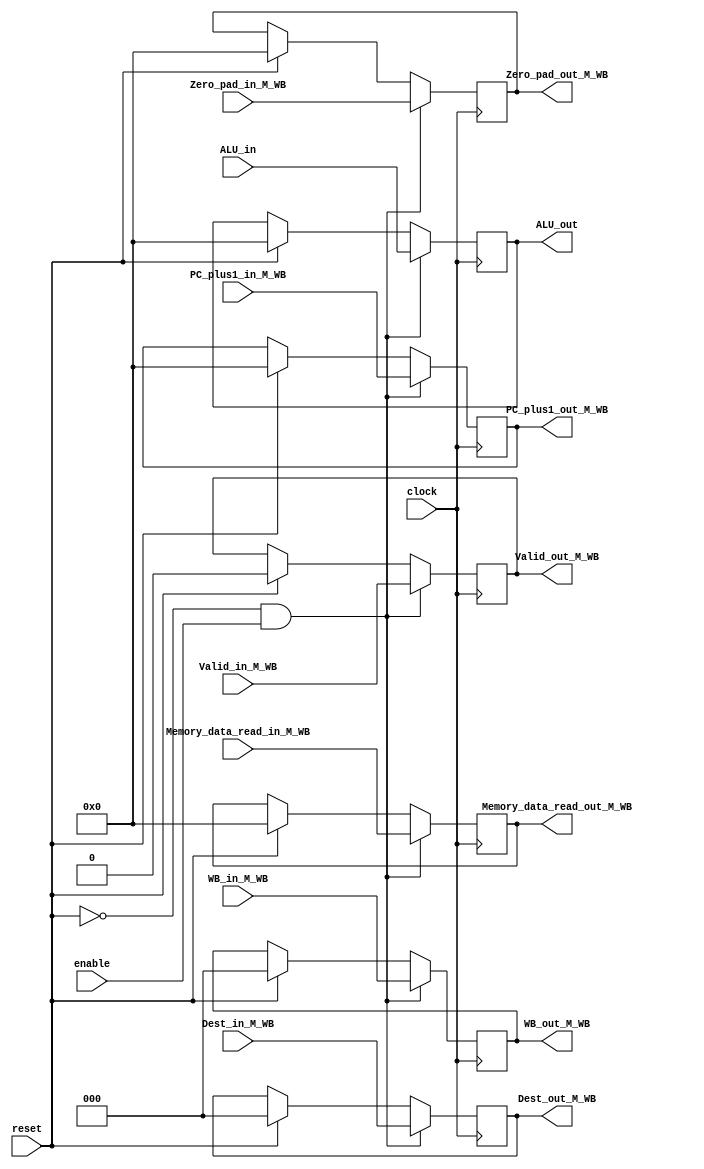
module M_WB_reg
(
PC_plus1_out_M_WB,
WB_out_M_WB,
Memory_data_read_out_M_WB,
ALU_out,
Zero_pad_out_M_WB,
Dest_out_M_WB,
Valid_out_M_WB,

PC_plus1_in_M_WB,
WB_in_M_WB,
Memory_data_read_in_M_WB,
ALU_in,
Zero_pad_in_M_WB,
Dest_in_M_WB,
Valid_in_M_WB,
clock,
reset,
enable
);

output reg [15:0] PC_plus1_out_M_WB;
output reg [2:0] WB_out_M_WB;
output reg [15:0] ALU_out, Memory_data_read_out_M_WB, Zero_pad_out_M_WB;
output reg [2:0] Dest_out_M_WB;
output reg Valid_out_M_WB;



input [15:0] PC_plus1_in_M_WB;
input [2:0] WB_in_M_WB;
input [15:0] ALU_in, Memory_data_read_in_M_WB, Zero_pad_in_M_WB;
input [2:0] Dest_in_M_WB;
input Valid_in_M_WB;
input clock;
input reset, enable;

initial
begin
	PC_plus1_out_M_WB = 16'b0;
	WB_out_M_WB = 3'b0;
	ALU_out = 16'b0;
	Memory_data_read_out_M_WB =16'b0;
	Zero_pad_out_M_WB = 16'b0;
	Dest_out_M_WB = 3'b0;
	Valid_out_M_WB = 1'b0;
end


always @(posedge clock)
begin
	if(! reset && enable)
	begin
		PC_plus1_out_M_WB <= PC_plus1_in_M_WB;
		WB_out_M_WB <= WB_in_M_WB;
		ALU_out <= ALU_in;
		Memory_data_read_out_M_WB <= Memory_data_read_in_M_WB;
		Zero_pad_out_M_WB <= Zero_pad_in_M_WB;
		Dest_out_M_WB <= Dest_in_M_WB;
		Valid_out_M_WB <= Valid_in_M_WB;
	end
	else if(reset)
	begin
		PC_plus1_out_M_WB <= 16'b0;
		WB_out_M_WB <= 3'b0;
		ALU_out <= 16'b0;
		Memory_data_read_out_M_WB <=16'b0;
		Zero_pad_out_M_WB <= 16'b0;
		Dest_out_M_WB <= 3'b0;
		Valid_out_M_WB <= 1'b0;
	end
end

endmodule